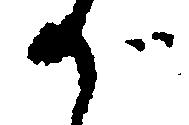
が